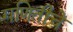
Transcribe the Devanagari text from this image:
गणितीचे